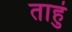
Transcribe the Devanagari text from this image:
ताहुं